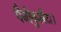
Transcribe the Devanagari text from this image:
पैनीकुलैटा।